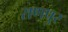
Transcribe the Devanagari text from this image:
राणपुर